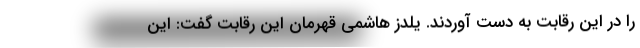
را در این رقابت به دست آوردند. یلدز هاشمی قهرمان این رقابت گفت: این